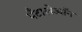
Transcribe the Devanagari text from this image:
पँटालेऑन